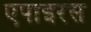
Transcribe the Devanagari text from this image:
एपाइरस